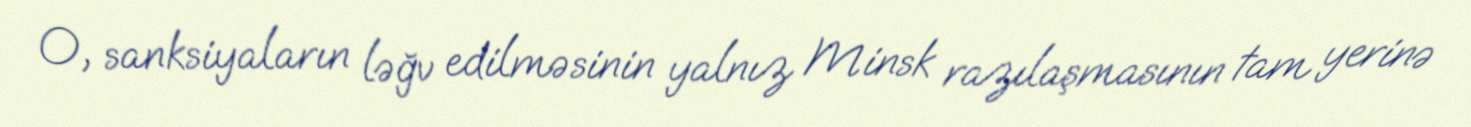
O, sanksiyaların ləğv edilməsinin yalnız Minsk razılaşmasının tam yerinə